Source: Handwritten
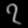
Digit: ၇ (7)